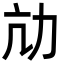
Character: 劥